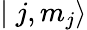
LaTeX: \mid j,m_{j}\rangle